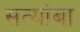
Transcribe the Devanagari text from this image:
सत्यांबा